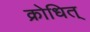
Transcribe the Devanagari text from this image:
क्रोधित्